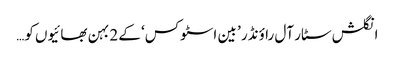
انگلش سٹار آل راؤنڈر ’ بین اسٹوکس‘ کے 2 بہن بھائیوں کو…